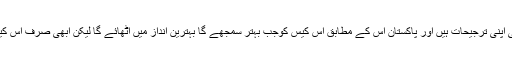
اس میں کوئی شک نہیں کہ پاکستان کی اپنی ترجیحات ہیں اور پاکستان اس کے مطابق اس کیس کوجب بہتر سمجھے گا بہترین انداز میں اٹھائے گا لیکن ابھی صرف اس کیس کو زندہ رکھنے کی ضرورت ہے۔